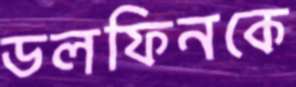
ডলফিনকে